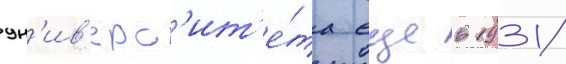
ун'ив'ерс'ит'е́та еще в 1931